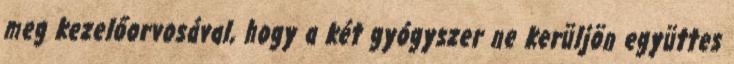
meg kezelőorvosával, hogy a két gyógyszer ne kerüljön együttes